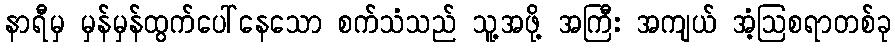
နာရီမှ မှန်မှန်ထွက်ပေါ်နေသော စက်သံသည် သူ့အဖို့ အကြီး အကျယ် အံ့ဩစရာတစ်ခု